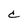
Character: C